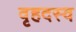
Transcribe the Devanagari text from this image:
वृहदस्व